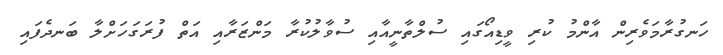
ހަނގުރާމަވެރިން އާންމު ކުރި ވީޑިއޯގައި ސުލްތާނީއާއި ސުވާލުކުރާ މަންޒަރާއި އަތް ފުރަގަހަށްލާ ބަނދެފައި